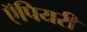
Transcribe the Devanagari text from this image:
ऍपियरी